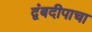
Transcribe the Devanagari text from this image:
द्वंबदीपाचा